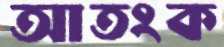
আতংক